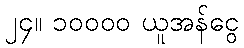
၂၄။ ၁၀၀၀၀ ယူအန်ငွေ